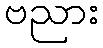
ဗညား